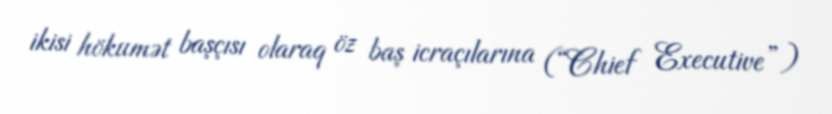
ikisi hökumət başçısı olaraq öz baş icraçılarına (“Chief Executive”)